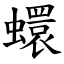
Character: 蠉